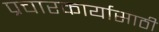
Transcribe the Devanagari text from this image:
प्रचारकार्यासाठी